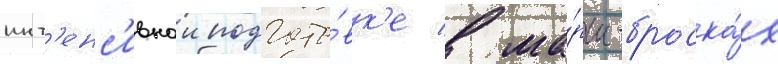
инт'енс'ивнои подгото́вк'е в ма́рш-броска́х